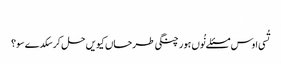
‏
تُسی اوس مسئلے نُوں ہور چنگی طرحاں کیویں حل کر سکدے سو؟